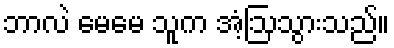
ဘာလဲ မေမေ သူက အံ့ဩသွားသည်။